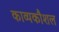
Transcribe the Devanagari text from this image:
काव्यकौशल